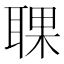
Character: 𦖍